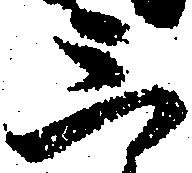
三